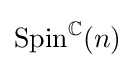
\mathrm {Spin} ^{\mathbb {C} }(n)